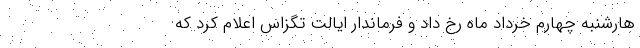
هارشنبه چهارم خرداد ماه رخ داد و فرماندار ایالت تگزاس اعلام کرد که